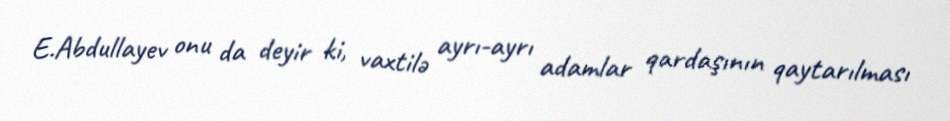
E.Abdullayev onu da deyir ki, vaxtilə ayrı-ayrı adamlar qardaşının qaytarılması